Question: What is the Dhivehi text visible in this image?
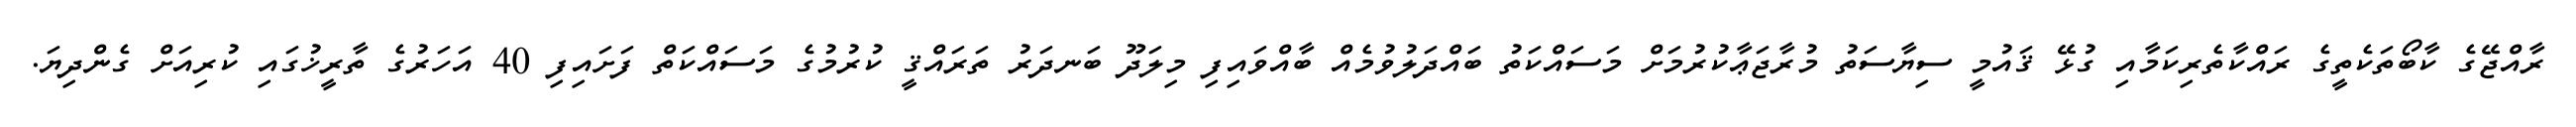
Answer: ރާއްޖޭގެ ކާބޯތަކެތީގެ ރައްކާތެރިކަމާއި ގުޅޭ ޤައުމީ ސިޔާސަތު މުރާޖަޢާކުރުމަށް މަސައްކަތު ބައްދަލުވުމެއް ބާއްވައިފި މިލަދޫ ބަނދަރު ތަރައްޤީ ކުރުމުގެ މަސައްކަތް ފަށައިފި 40 އަހަރުގެ ތާރީޚުގައި ކުރިއަށް ގެންދިޔަ.